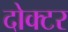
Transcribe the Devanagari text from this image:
दोक्टर